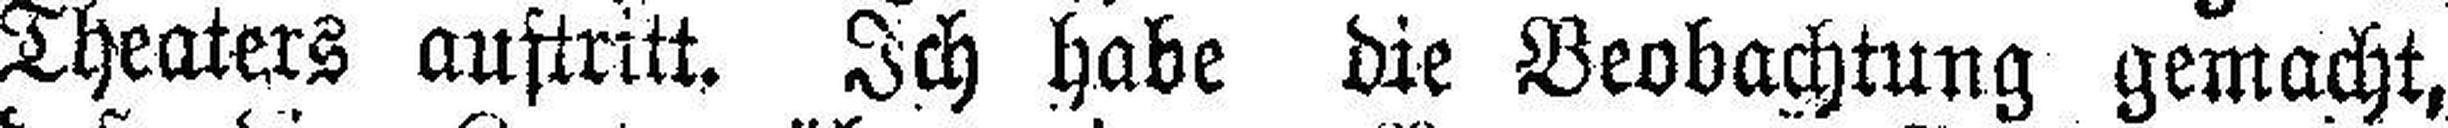
Theaters auftritt. Ich habe die Beobachtung gemacht,